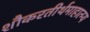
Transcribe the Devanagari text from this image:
शौकरतीर्थमाहात्म्य